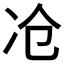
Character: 𰃷